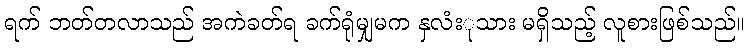
ရက် ဘတ်တလာသည် အကဲခတ်ရ ခက်ရုံမျှမက နှလံးုသား မရှိသည့် လူစားဖြစ်သည်။